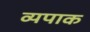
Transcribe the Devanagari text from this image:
व्यपाक